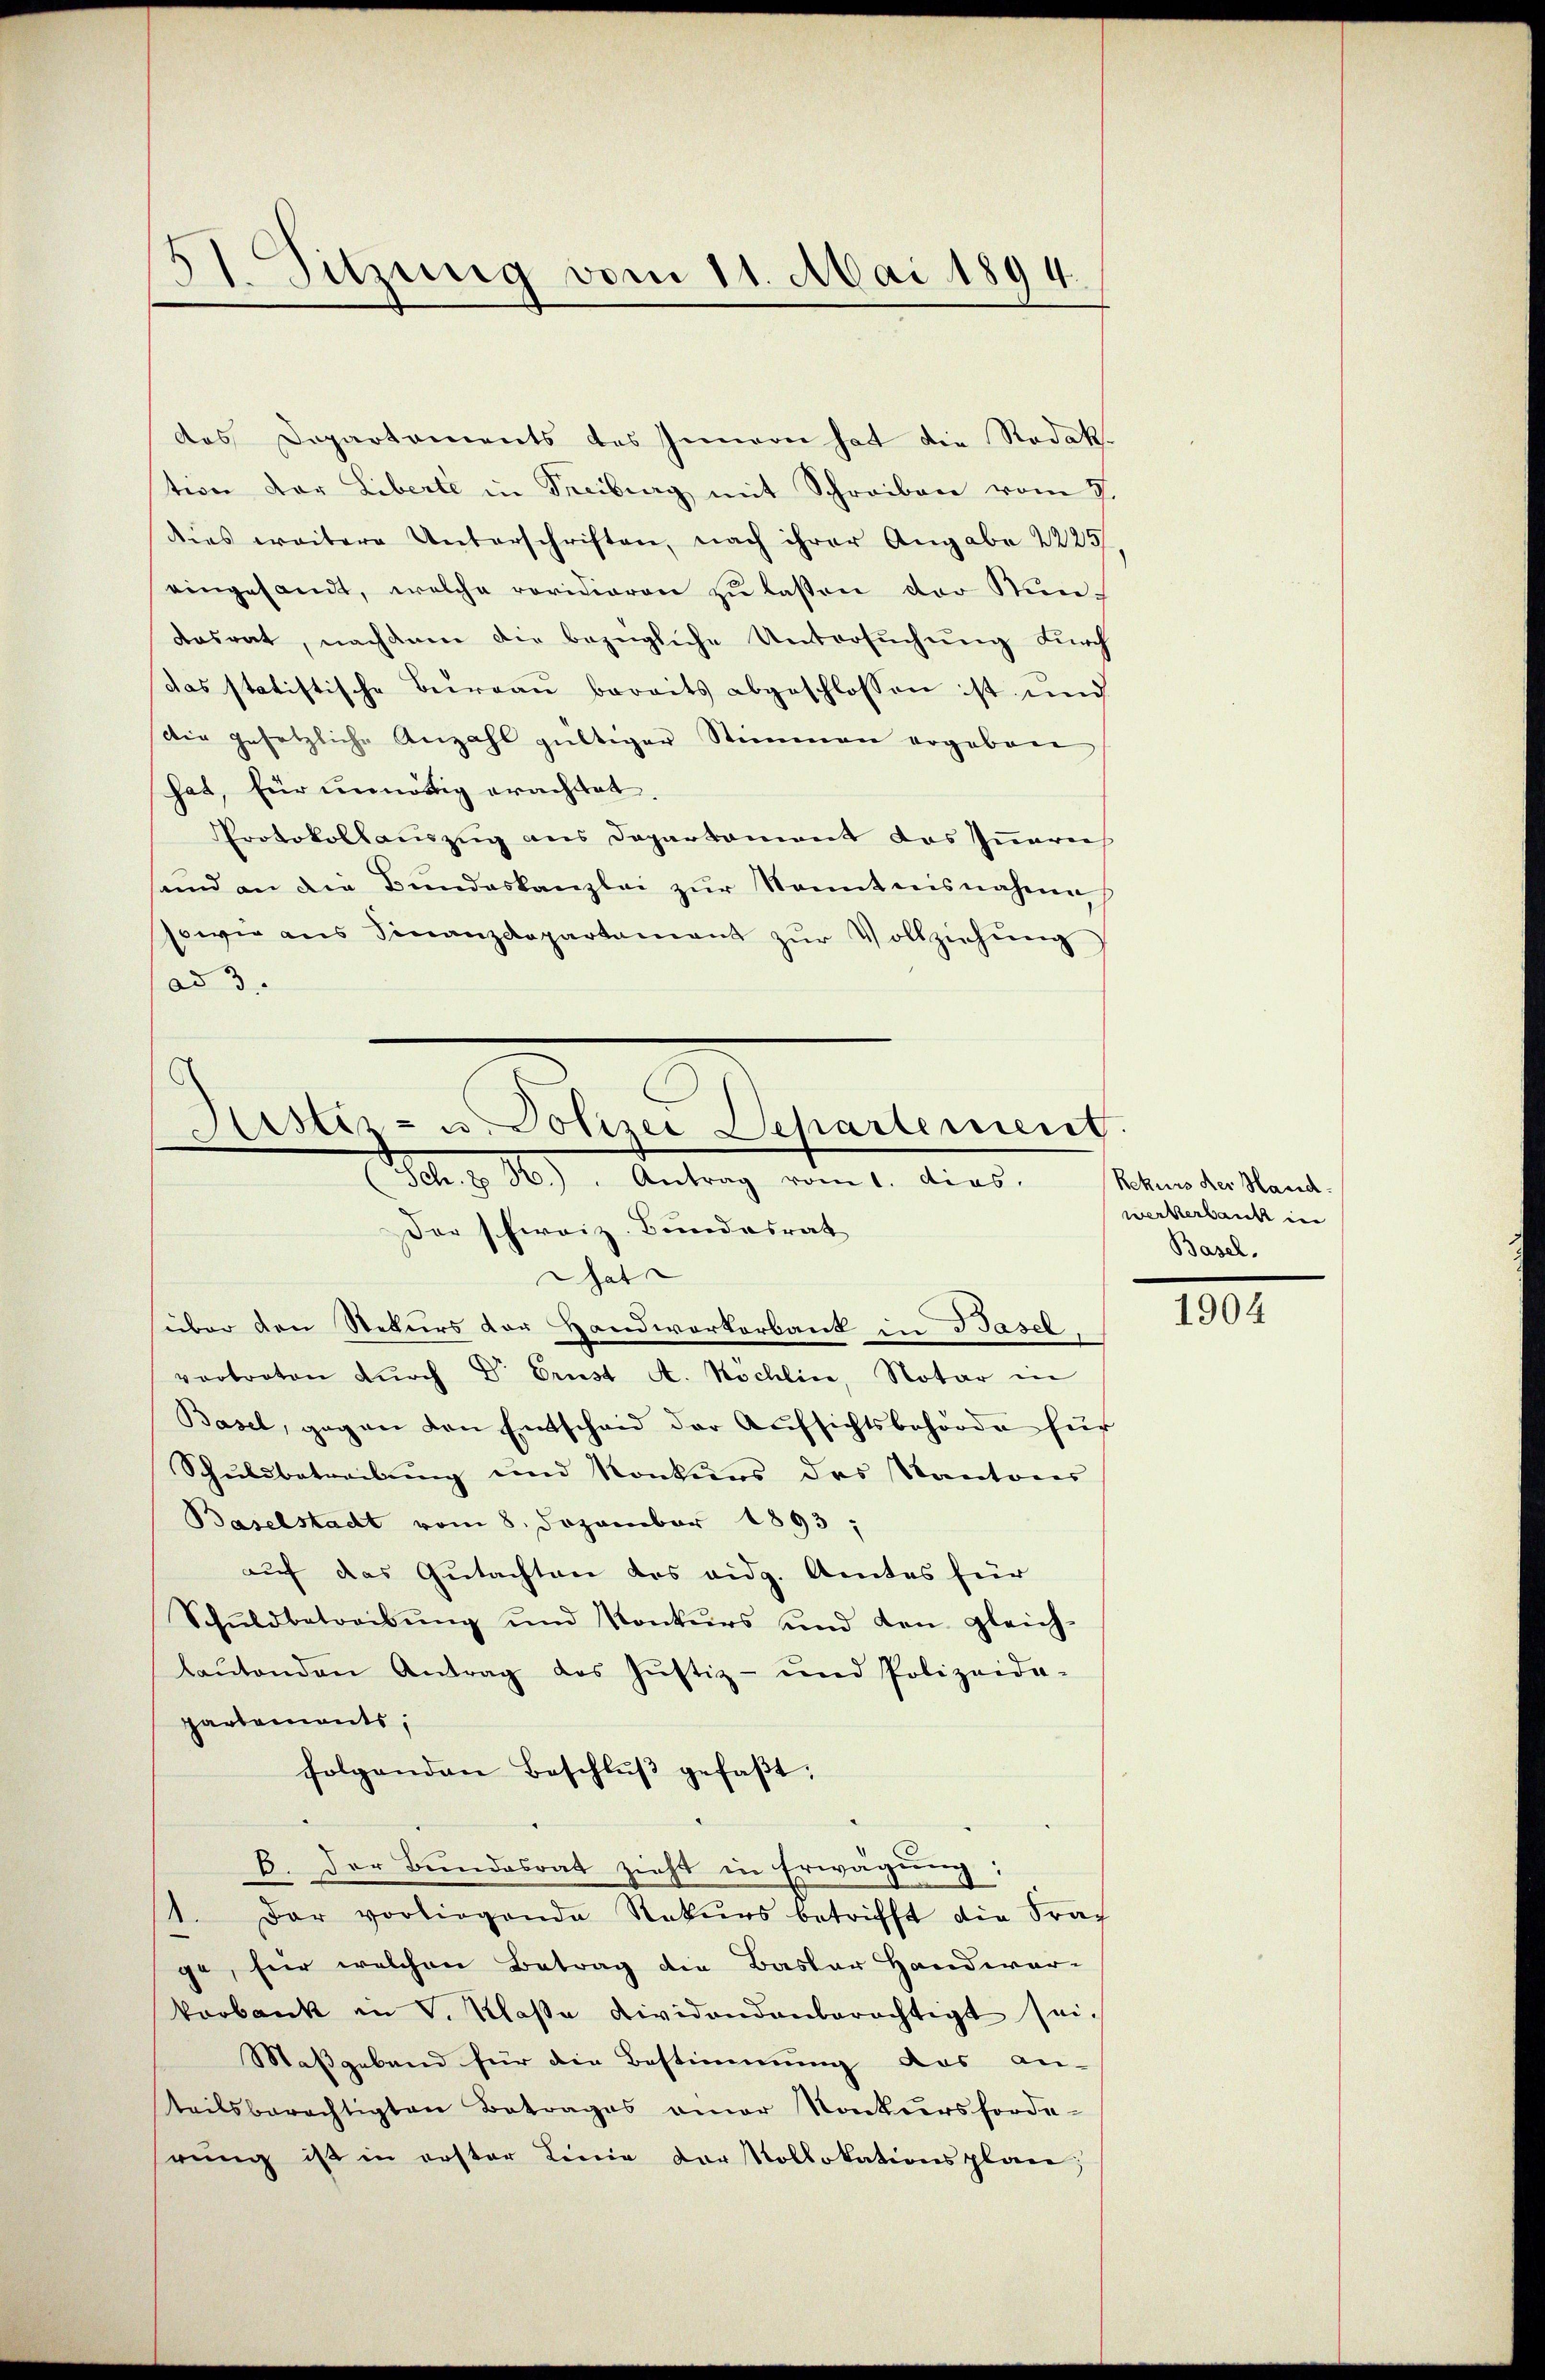
)
Sitzung vom 11. Mai 1894.

das Departaments des Innern hat die Rodak.
tion der Liberte in Treiburg mit Schreiben vom 7.
dies weitere Unterschriften, nach ihrer Angabe 2225,
eingesandt, welche revidieren zu lassen der Stundosrat, nachdem die bezügliche Untersuchung durch
das statistische Bureau bereits abgeschlossen ist und
Die gesetzliche Anzahl gültiger Stimmen ergeben
hat, für unnötig erachtet
Protokollauszug aus Departament das Innerei
und an die Bundeskanzlei zur Kenntnisnahme
sowie ans Finanzdepartament zŭr Vollziehŭng
ad 3.
Kister- u. Polizei Departement.

Fel. z. 16). Antrag vom 1. dies

Der schweiz. Bundesrat
That
über den Rekurs der Handwerkerbank in Basel
vertreten dŭrch Dr Ernst A. Kochlin, Notar in
Basel, gegen den Entscheid der Aŭfsichtsbehörde für
Schuldbetreibung und Konkurs des Kantores
Baselstadt vom 8. Dezember 1893,
auf das Gutachten des eidg. Amtes für
Schŭldbetreibŭng und Konkurs und den gleich-
laŭtenden Antrag des Jŭstiz- und Polizeida-
partements,
folgenden Beschlŭβ gefaβt:
B. Der Bundesrat zieht in Erwägung;
1. Der vorliegende Rekurs betrifft die Frach
ge, für welchen Betrag die Basler Handwer-
karbank in V. Klaße dividandenberechtigt sei.
Maßgebend für die Bestimmung das an-
teilsberechtigten Betrages einer Konkursforde-
rŭng ist in erster Linie der Kollokationsplan;

Rekurs der Hand
werkerbank in
Basel.

1904